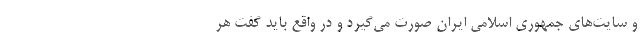
و سایت‌های جمهوری اسلامی ایران صورت می‌گیرد و در واقع باید گفت هر